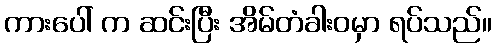
ကားပေါ် က ဆင်းပြီး အိမ်တံခါးဝမှာ ရပ်သည်။